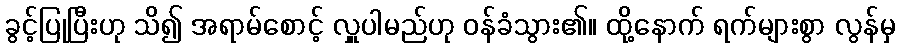
ခွင့်ပြုပြီးဟု သိ၍ အရာမ်စောင့် လှူပါမည်ဟု ဝန်ခံသွား၏။ ထို့နောက် ရက်များစွာ လွန်မှ